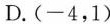
D.(-4，1)